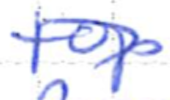
Text: top
Cross-out: diagonal
Writing tool: ballpoint